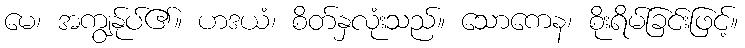
မေ၊ အကျွန်ုပ်၏။ ဟဒယံ၊ စိတ်နှလုံးသည်။ သောကေန၊ စိုးရိမ်ခြင်းဖြင့်။